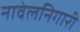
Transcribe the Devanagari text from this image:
नावेलनिगारी